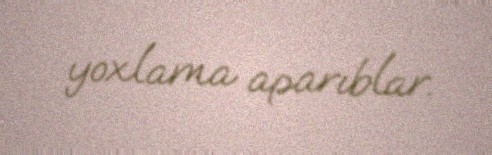
yoxlama aparıblar.